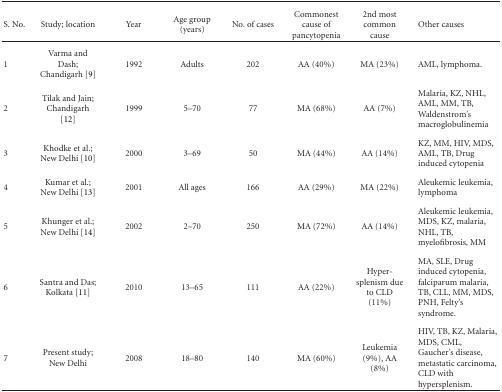
<table><thead><tr><td><b>S. No.</b></td><td><b>Study; location</b></td><td><b>Year</b></td><td><b>Age group (years)</b></td><td><b>No. of cases</b></td><td><b>Commonest cause of pancytopenia</b></td><td><b>2nd most common cause</b></td><td><b>Other causes</b></td></tr></thead><tbody><tr><td>1</td><td>Varma and Dash; Chandigarh [9]</td><td>1992</td><td>Adults</td><td>202</td><td>AA (40%)</td><td>MA (23%)</td><td>AML, lymphoma.</td></tr><tr><td>2</td><td>Tilak and Jain; Chandigarh [12]</td><td>1999</td><td>5–70</td><td>77</td><td>MA (68%)</td><td>AA (7%)</td><td>Malaria, KZ, NHL, AML, MM, TB, Waldenstrom&#x27;s macroglobulinemia</td></tr><tr><td>3</td><td>Khodke et al.; New Delhi [10]</td><td>2000</td><td>3–69</td><td>50</td><td>MA (44%)</td><td>AA (14%)</td><td>KZ, MM, HIV, MDS, AML, TB, Drug induced cytopenia</td></tr><tr><td>4</td><td>Kumar et al.; New Delhi [13]</td><td>2001</td><td>All ages</td><td>166</td><td>AA (29%)</td><td>MA (22%)</td><td>Aleukemic leukemia, lymphoma</td></tr><tr><td>5</td><td>Khunger et al.; New Delhi [14]</td><td>2002</td><td>2–70</td><td>250</td><td>MA (72%)</td><td>AA (14%)</td><td>Aleukemic leukemia, MDS, KZ, malaria, NHL, TB, myelofibrosis, MM</td></tr><tr><td>6</td><td>Santra and Das; Kolkata [11]</td><td>2010</td><td>13–65</td><td>111</td><td>AA (22%)</td><td>Hyper-splenism due to CLD (11%)</td><td>MA, SLE, Drug induced cytopenia, falciparum malaria, TB, CLL, MM, MDS, PNH, Felty&#x27;s syndrome.</td></tr><tr><td>7</td><td>Present study; New Delhi</td><td>2008</td><td>18–80</td><td>140</td><td>MA (60%)</td><td>Leukemia (9%), AA (8%)</td><td>HIV, TB, KZ, Malaria, MDS, CML, Gaucher&#x27;s disease, metastatic carcinoma, CLD with hypersplenism.</td></tr></tbody></table>